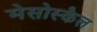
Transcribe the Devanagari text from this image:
मेसोस्कैल